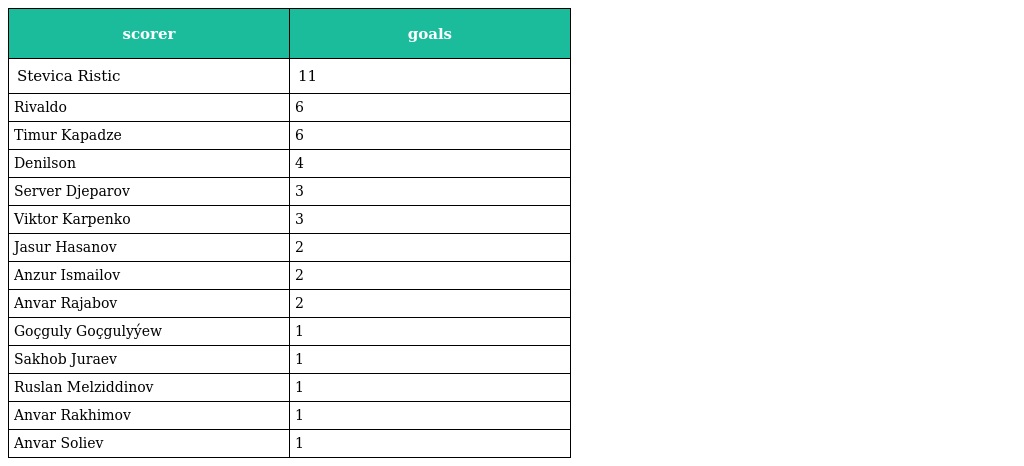
| scorer | goals |
 | --- | --- |
 | Stevica Ristic | 11 |
 | Rivaldo | 6 |
 | Timur Kapadze | 6 |
 | Denilson | 4 |
 | Server Djeparov | 3 |
 | Viktor Karpenko | 3 |
 | Jasur Hasanov | 2 |
 | Anzur Ismailov | 2 |
 | Anvar Rajabov | 2 |
 | Goçguly Goçgulyýew | 1 |
 | Sakhob Juraev | 1 |
 | Ruslan Melziddinov | 1 |
 | Anvar Rakhimov | 1 |
 | Anvar Soliev | 1 |